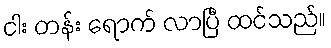
ငါး တန်း ရောက် လာပြီ ထင်သည်။